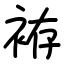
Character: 袸